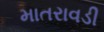
માતરાવડી